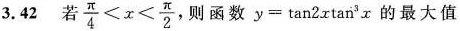
3.42 若 $$\frac { π } { 4 } < x < \frac { π } { 2 }$$ ，则函数 $$y = tan 2 x tan ^ { 3 } x$$ 的最大值